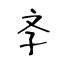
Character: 斈